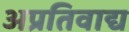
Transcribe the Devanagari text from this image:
अप्रतिवाद्य